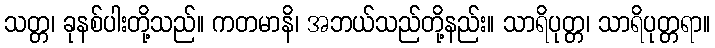
သတ္တ၊ ခုနစ်ပါးတို့သည်။ ကတမာနိ၊ အဘယ်သည်တို့နည်း။ သာရိပုတ္တ၊ သာရိပုတ္တရာ။